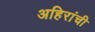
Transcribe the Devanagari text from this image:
अहिरांची